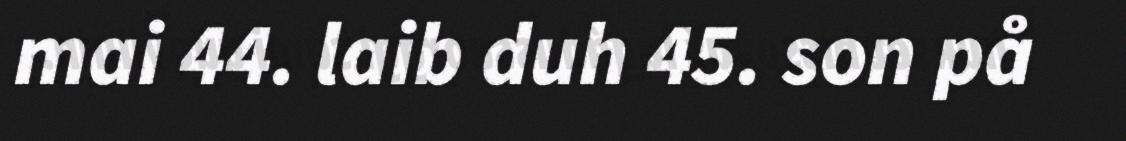
mai 44. laib duh 45. son på